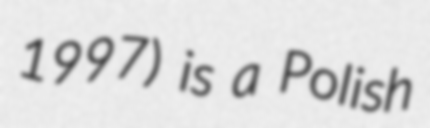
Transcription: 1997) is a Polish